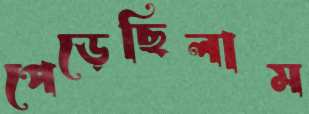
পেড়েছিলাম